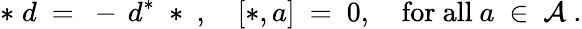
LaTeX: *\; d\ =\ -\, d^{*}\; *\ ,\quad[*,a]\ =\ 0,\quad\mathrm{for\ all}\ a\ \in\ {\mathcal A}\ .